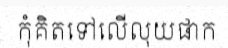
កុំគិតទៅលើលុយផាក